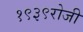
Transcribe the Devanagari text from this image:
१९३९रोजी